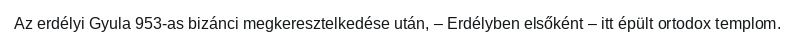
Az erdélyi Gyula 953-as bizánci megkeresztelkedése után, – Erdélyben elsőként – itt épült ortodox templom.